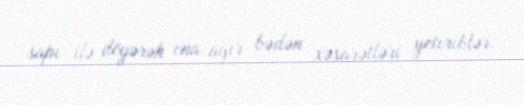
sapı ilə döyərək ona ağır bədən xəsarətləri yetiriblər.